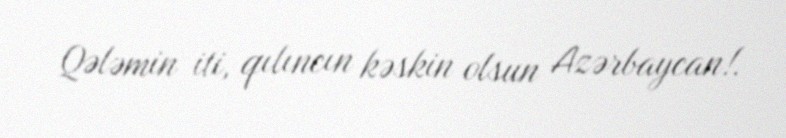
Qələmin iti, qılıncın kəskin olsun Azərbaycan!.